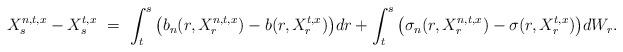
LaTeX: \begin{align*}X_s^{n,t,x} - X_s^{t,x} \ = \ \int_t^s \big(b_n(r,X_r^{n,t,x}) - b(r,X_r^{t,x})\big) dr + \int_t^s \big(\sigma_n(r,X_r^{n,t,x}) - \sigma(r,X_r^{t,x})\big) dW_r.\end{align*}